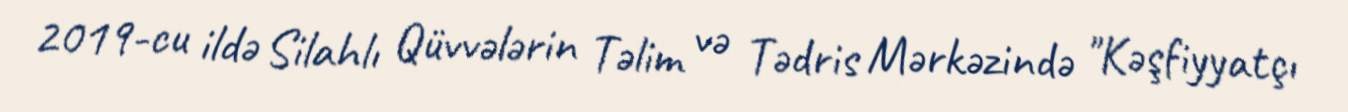
2019-cu ildə Silahlı Qüvvələrin Təlim və Tədris Mərkəzində "Kəşfiyyatçı